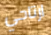
ارتاحي